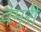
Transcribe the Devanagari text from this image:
वेमुरी